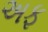
અફ